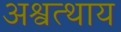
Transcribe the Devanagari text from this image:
अश्वत्थाय